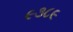
૯૩૮૯